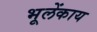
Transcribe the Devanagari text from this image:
भूलेंकाय